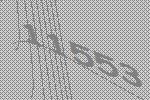
11553